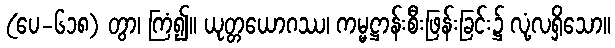
(ပေ-၆၁၈) တွာ၊ ကြံ၍။ ယုတ္တယောဂဿ၊ ကမ္မဋ္ဌာန်းစီးဖြန်းခြင်း၌ လုံ့လရှိသော။